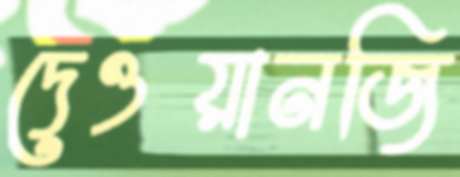
দেওয়ানজি